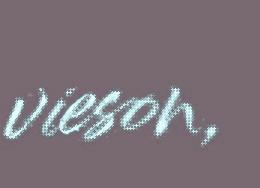
vieson,